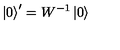
\left| 0 \right> ^ { \prime } = W ^ { - 1 } \left| 0 \right>